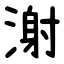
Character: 㴬